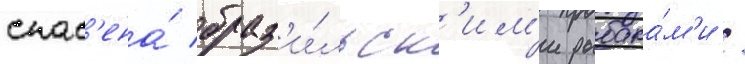
спас'ена́ браз'и́льск'им'и рыбака́м'и /